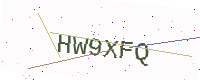
Text: HW9XFQ